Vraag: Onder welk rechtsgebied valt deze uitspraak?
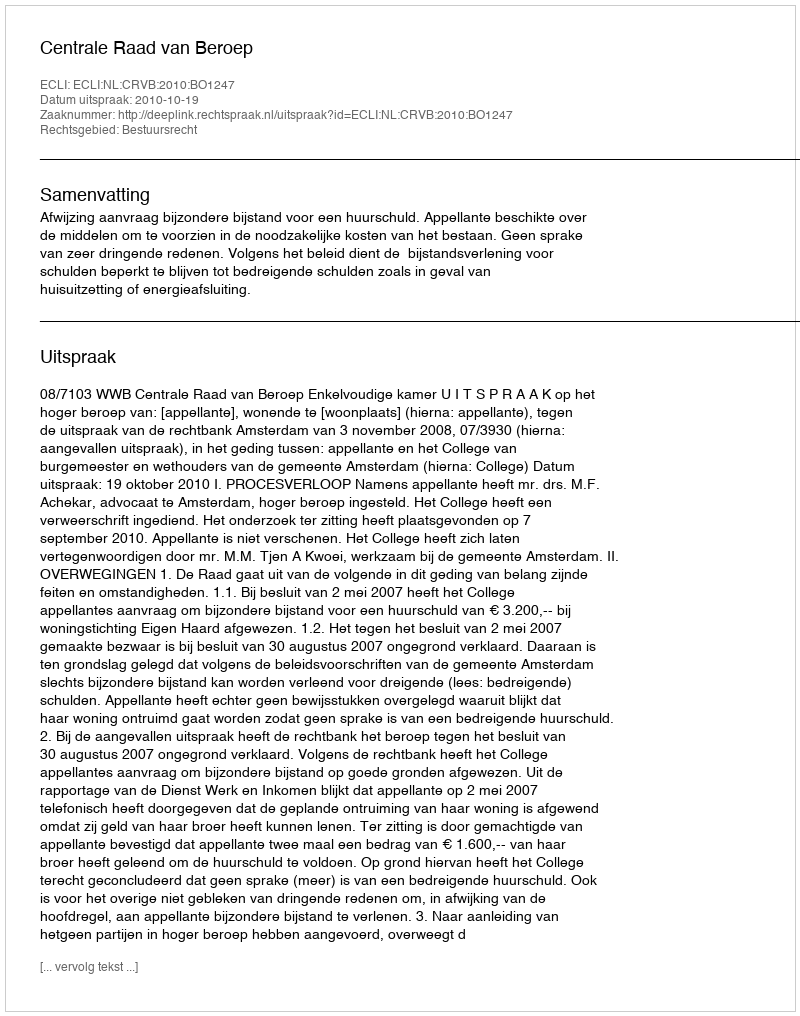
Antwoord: Bestuursrecht